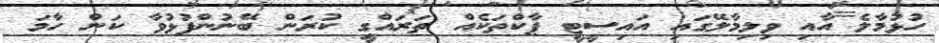
ހުޅުމާލެ އާއި ވިލިމާލޭގައި އައިސީޓީ ޕާކްތަކެއް ތަރައްގީ ކުރަން ބޭނުންފުޅުވާ ކަން ހާމަ